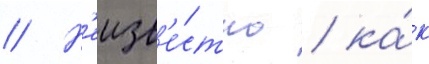
// Н'еизв'е́стно / ка́к